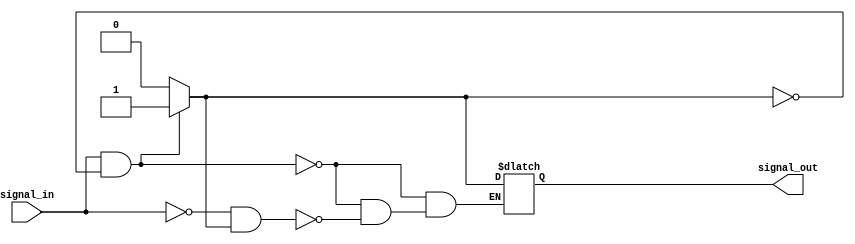
module Schmitt_triggerBuffer (
    input signal_in,
    output reg signal_out
);

reg prev_output;
parameter THRESHOLD_HIGH = 1'b1;
parameter THRESHOLD_LOW = 1'b0;

always @* begin
    if (signal_in == THRESHOLD_HIGH && prev_output == 1'b0) begin
        signal_out = 1'b1;
    end else if (signal_in == THRESHOLD_LOW && prev_output == 1'b1) begin
        signal_out = 1'b0;
    end
    prev_output = signal_out;
end

endmodule